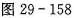
图29-158